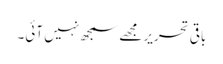
باقی تحریر مجھے سمجھ نہیں آئی۔